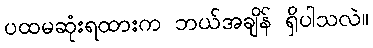
ပထမဆုံးရထားက ဘယ်အချိန် ရှိပါသလဲ။